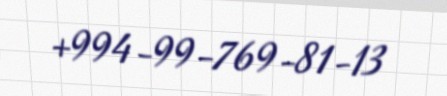
+994-99-769-81-13